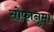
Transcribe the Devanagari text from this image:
सोफानुमा